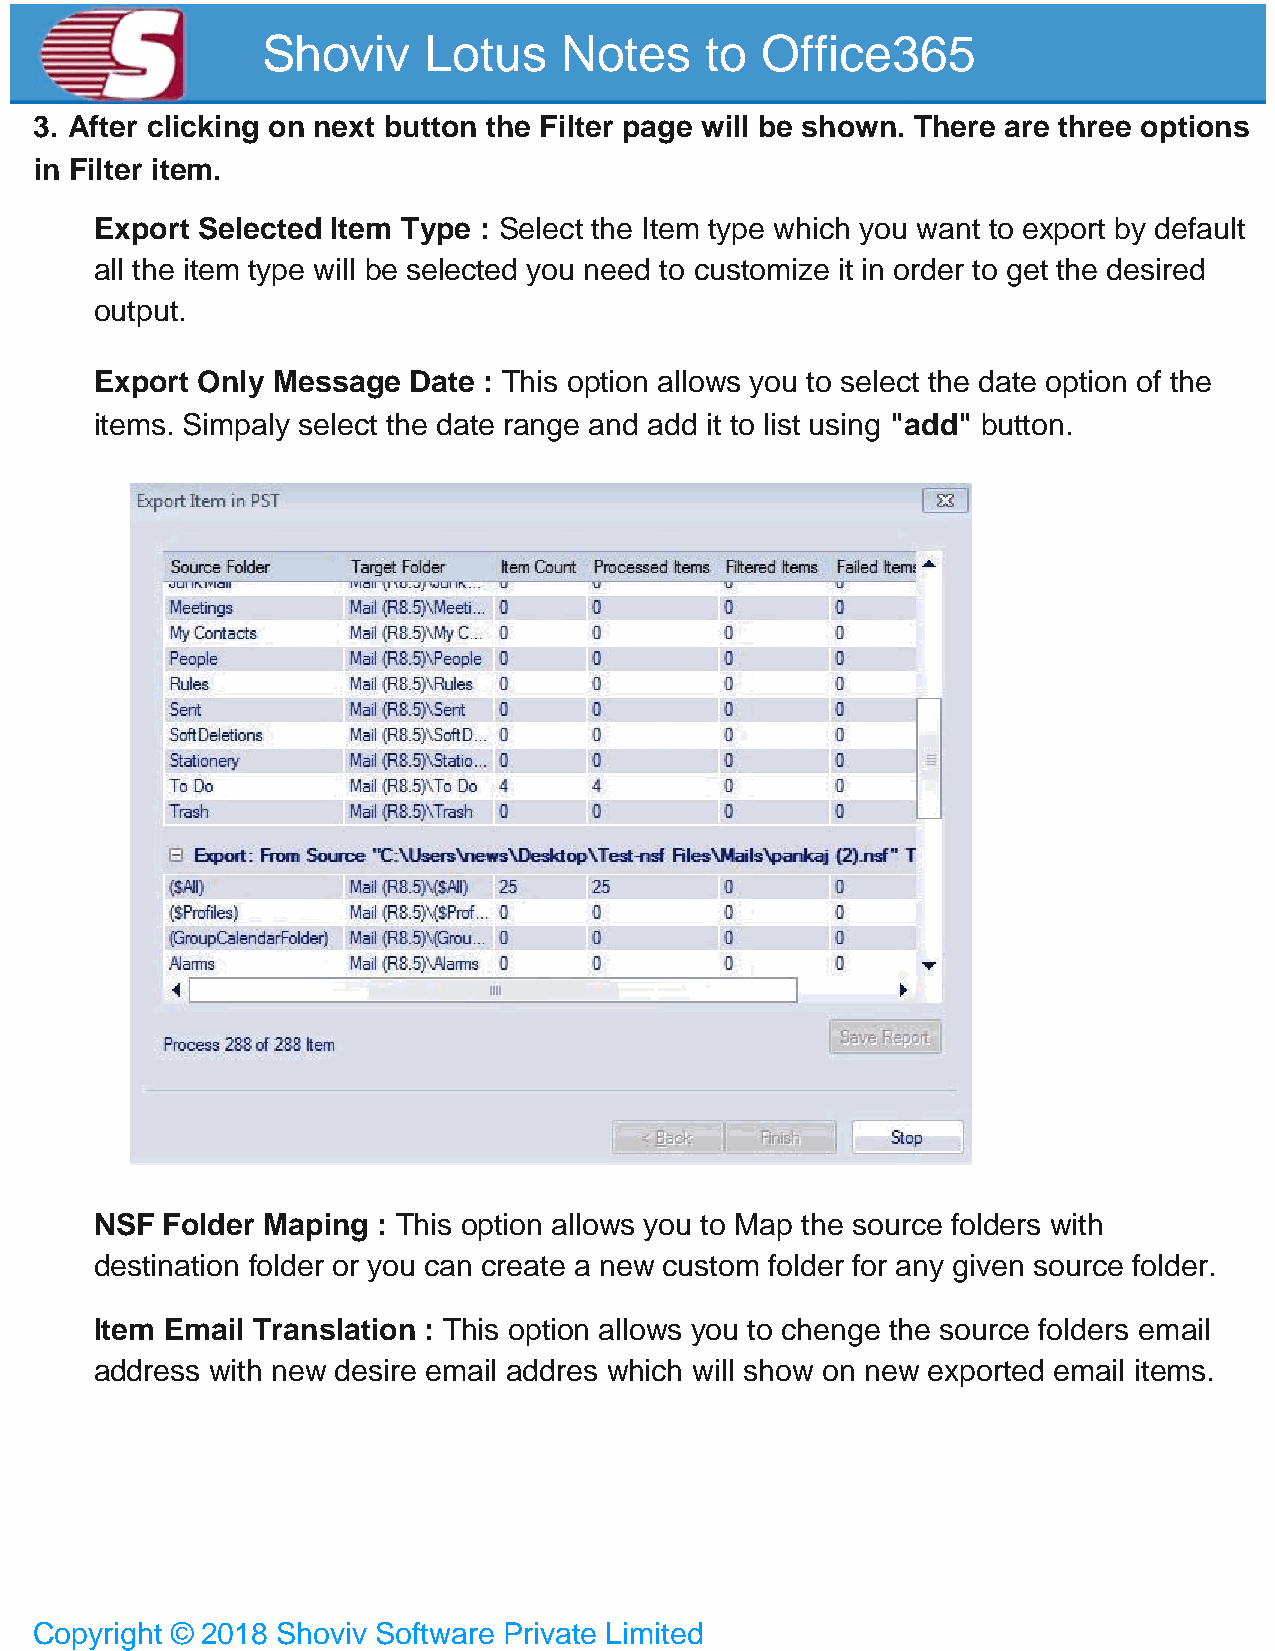
Shoviv     Lotus    Notes     to Office365
 3. After clicking on next button the Filter page will be shown. There are three options
 in Filter item.
 Export Selected Item Type : Select the Item type which you want to export by default
 all the item type will be selected you need to customize it in order to get the desired
 output.
 Export Only Message  Date : This option allows you to select the date option of the
 items. Simpaly select the date range and add it to list using "add" button.
 NSF  Folder Maping : This option allows you to Map the source folders with
 destination folder or you can create a new custom folder for any given source folder.
 Item Email Translation : This option allows you to chenge the source folders email
 address with new desire email addres which will show on new exported email items.
 Copyright © 2018 Shoviv Software Private Limited